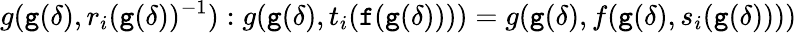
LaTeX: g(\textnormal{\texttt{g}}(\delta),r_{i}(\textnormal{\texttt{g}}(\delta))^{-1}):g(\textnormal{\texttt{g}}(\delta),t_{i}(\textnormal{\texttt{f}}(\textnormal{\texttt{g}}(\delta))))=g(\textnormal{\texttt{g}}(\delta),f(\textnormal{\texttt{g}}(\delta),s_{i}(\textnormal{\texttt{g}}(\delta))))